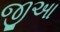
જીઆ